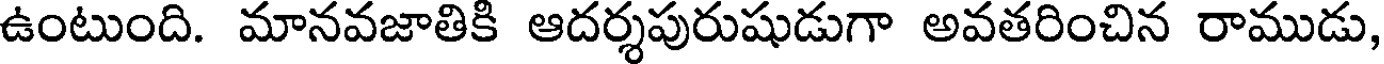
ఉంటుంది. మానవజాతికి ఆదర్శపురుషుడుగా అవతరించిన రాముడు,